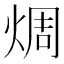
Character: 𪸼